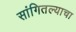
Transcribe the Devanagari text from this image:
सांगितल्याचा